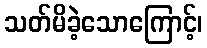
သတ်မိခဲ့သောကြောင့်၊